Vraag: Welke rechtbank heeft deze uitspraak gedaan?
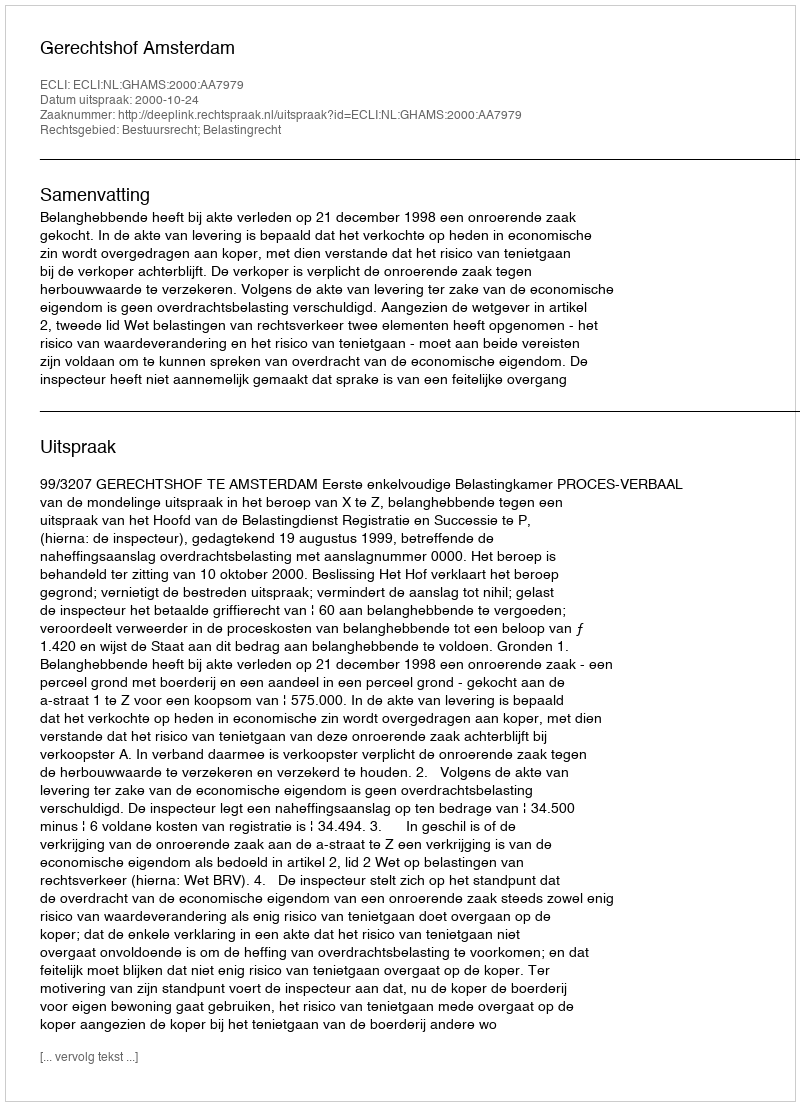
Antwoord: Gerechtshof Amsterdam